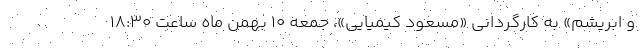
و ابریشم» به کارگردانی «مسعود کیمیایی»، جمعه ۱۰ بهمن ماه ساعت ۱۸:۳۰